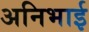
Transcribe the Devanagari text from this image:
अनिभाई